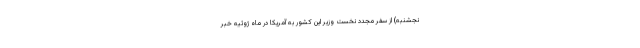
نجشنبه) از سفر مجدد نخست وزیر این کشور به آمریکا در ماه ژوئیه خبر